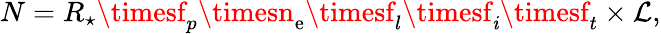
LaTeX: N=R_{\star}\timesf_{p}\timesn_{\mathrm{e}}\timesf_{l}\timesf_{\mathit{i}}\timesf_{t}\times\mathcal{{L}},